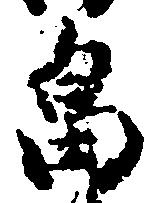
畠